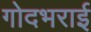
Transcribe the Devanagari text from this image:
गोदभराई